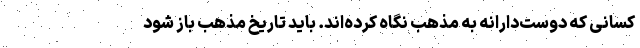
کسانی که دوست‌دارانه به مذهب نگاه کرده‌اند. باید تاریخ مذهب باز شود